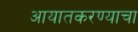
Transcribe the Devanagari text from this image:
आयातकरण्याचा